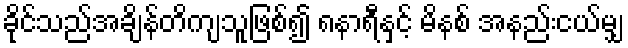
ခိုင်သည်အချိန်တိကျသူဖြစ်၍ ၈နာရီနှင့် မိနစ် အနည်းငယ်မျှ